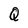
Character: Q